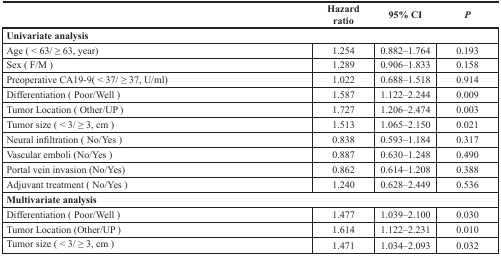
|  | Hazard ratio | 95% CI | P |
 | --- | --- | --- | --- |
 | <COLSPAN=4> Univariate analysis |
 | Age (< 63/≥ 63, year) | 1.254 | 0.882–1.764 | 0.193 |
 | Sex (F/M) | 1.289 | 0.906–1.833 | 0.158 |
 | Preoperative CA19-9(< 37/≥ 37, U/ml) | 1.022 | 0.688–1.518 | 0.914 |
 | Differentiation (Poor/Well) | 1.587 | 1.122–2.244 | 0.009 |
 | Tumor Location (Other/UP) | 1.727 | 1.206–2.474 | 0.003 |
 | Tumor size (< 3/≥ 3, cm) | 1.513 | 1.065–2.150 | 0.021 |
 | Neural infiltration (No/Yes) | 0.838 | 0.593–1.184 | 0.317 |
 | Vascular emboli (No/Yes) | 0.887 | 0.630–1.248 | 0.490 |
 | Portal vein invasion (No/Yes) | 0.862 | 0.614–1.208 | 0.388 |
 | Adjuvant treatment (No/Yes) | 1.240 | 0.628–2.449 | 0.536 |
 | <COLSPAN=4> Multivariate analysis |
 | Differentiation (Poor/Well) | 1.477 | 1.039–2.100 | 0.030 |
 | Tumor Location (Other/UP) | 1.614 | 1.122–2.231 | 0.010 |
 | Tumor size (< 3/≥ 3, cm) | 1.471 | 1.034–2.093 | 0.032 |